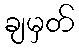
ချမှတ်